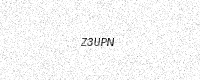
Text: Z3UPN